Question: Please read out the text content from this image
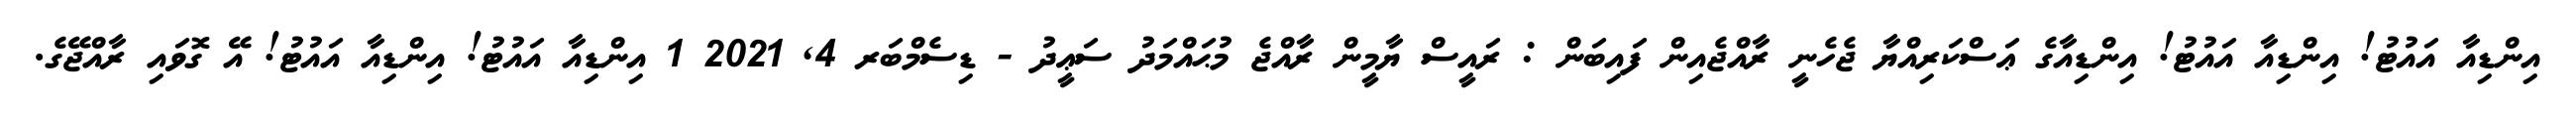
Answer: އިންޑިއާ އައުޓު! އިންޑިއާ އައުޓު! އިންޑިއާގެ ޢަސްކަރިއްޔާ ޖެހެނީ ރާއްޖެއިން ފައިބަން : ރައީސް ޔާމީން ރާއްޖެ މުޙައްމަދު ސަޢީދު - ޑިސެމްބަރ 4, 2021 1 އިންޑިއާ އައުޓު! އިންޑިއާ އައުޓު! އޭ ގޮވައި ރާއްޖޭގެ.